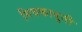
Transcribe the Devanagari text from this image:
मिचकावुनी